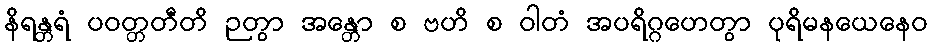
နိရန္တရံ ပဝတ္တတီတိ ဉတွာ အန္တော စ ဗဟိ စ ဝါတံ အပရိဂ္ဂဟေတွာ ပုရိမနယေနေဝ